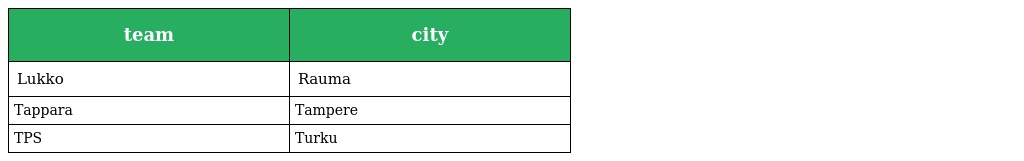
| team | city |
 | --- | --- |
 | Lukko | Rauma |
 | Tappara | Tampere |
 | TPS | Turku |